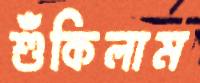
শুঁকিলাম